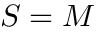
S = M